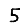
Digit: 5